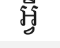
អ្វី